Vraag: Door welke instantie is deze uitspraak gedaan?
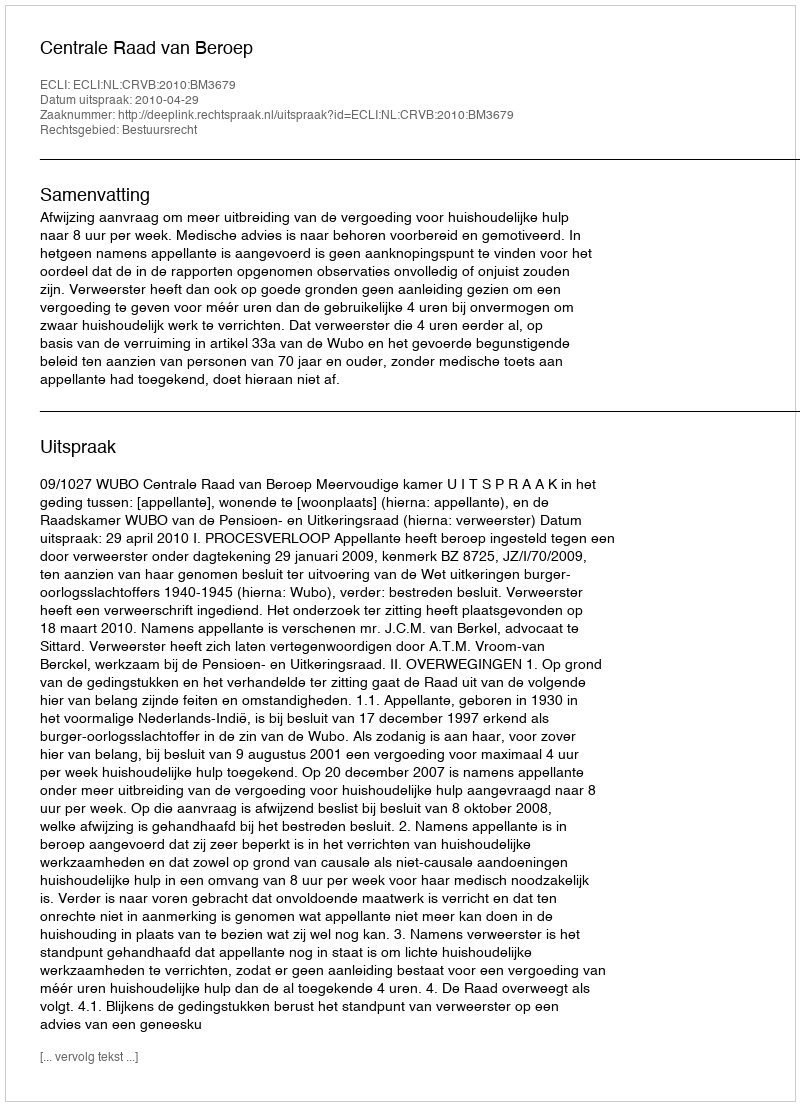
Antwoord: Centrale Raad van Beroep